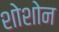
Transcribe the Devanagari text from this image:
शोशोन